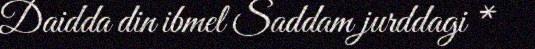
Daidda din ibmel Saddam jurddagi *